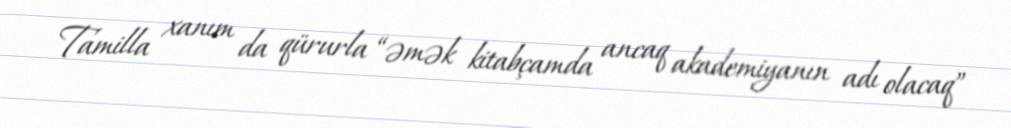
Tamilla xanım da qürurla “əmək kitabçamda ancaq akademiyanın adı olacaq”